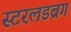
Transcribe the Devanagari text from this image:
स्टरलडब्रग